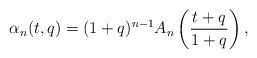
LaTeX: \begin{align*}\alpha_n(t,q) = (1+q)^{n-1} A_n \left(\frac{t+q}{1+q}\right),\end{align*}